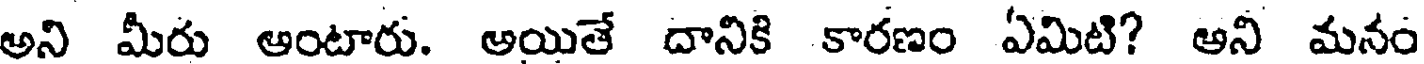
అని మీరు అంటారు. అయితే దానికి కారణం ఏమిటి? అని మనం